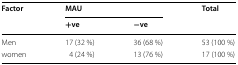
<table><thead><tr><td rowspan="2"><b>Factor</b></td><td colspan="2"><b>MAU</b></td><td rowspan="2"><b>Total</b></td></tr><tr><td><b>+ve</b></td><td><b>−ve</b></td></tr></thead><tbody><tr><td>Men</td><td>17 (32 %)</td><td>36 (68 %)</td><td>53 (100 %)</td></tr><tr><td>women</td><td>4 (24 %)</td><td>13 (76 %)</td><td>17 (100 %)</td></tr></tbody></table>